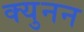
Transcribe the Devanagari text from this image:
क्युनन